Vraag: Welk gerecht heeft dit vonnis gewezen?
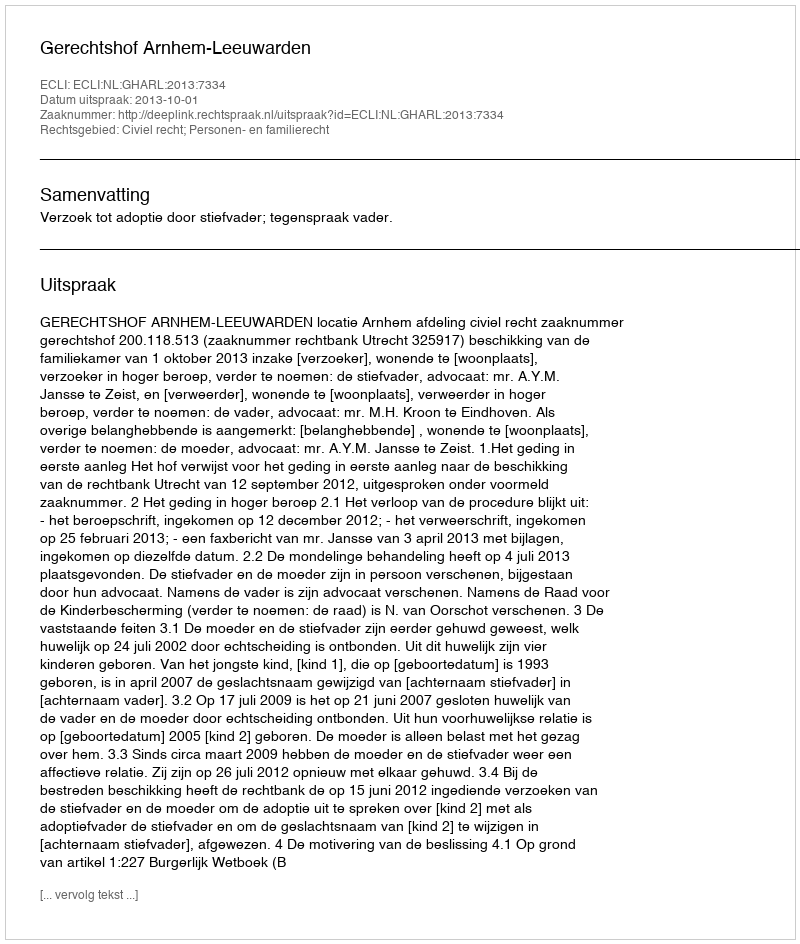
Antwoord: Gerechtshof Arnhem-Leeuwarden